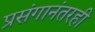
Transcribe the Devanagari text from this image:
प्रसंगानंतरही